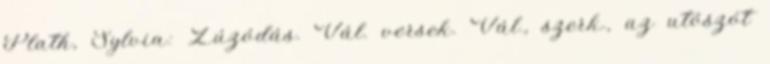
Plath, Sylvia: Zúzódás. Vál. versek. Vál., szerk., az utószót